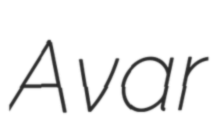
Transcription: Avar